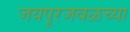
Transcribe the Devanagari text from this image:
जयपूरजवळच्या